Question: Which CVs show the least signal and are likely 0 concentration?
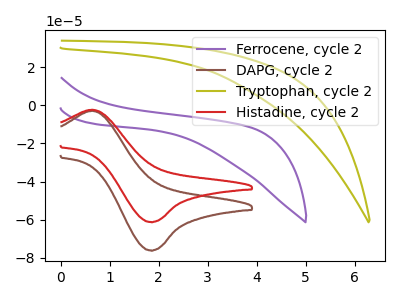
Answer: <think>The purple curve "Ferrocene, cycle 2" has no peaks. The brown curve "DAPG, cycle 2" has an anodic peak at (0.65V, -2.80uA) and a cathodic peak at (1.85V, -76.25uA). The olive curve "Tryptophan, cycle 2" has no peaks. The red curve "Histadine, cycle 2" has an anodic peak at (0.65V, -2.25uA) and a cathodic peak at (1.85V, -61.30uA).</think>
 <answer>"Ferrocene, cycle 2" and "Tryptophan, cycle 2" are likely to be blanks.</answer>
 <eval>"Ferrocene, cycle 2", "Tryptophan, cycle 2"</eval>